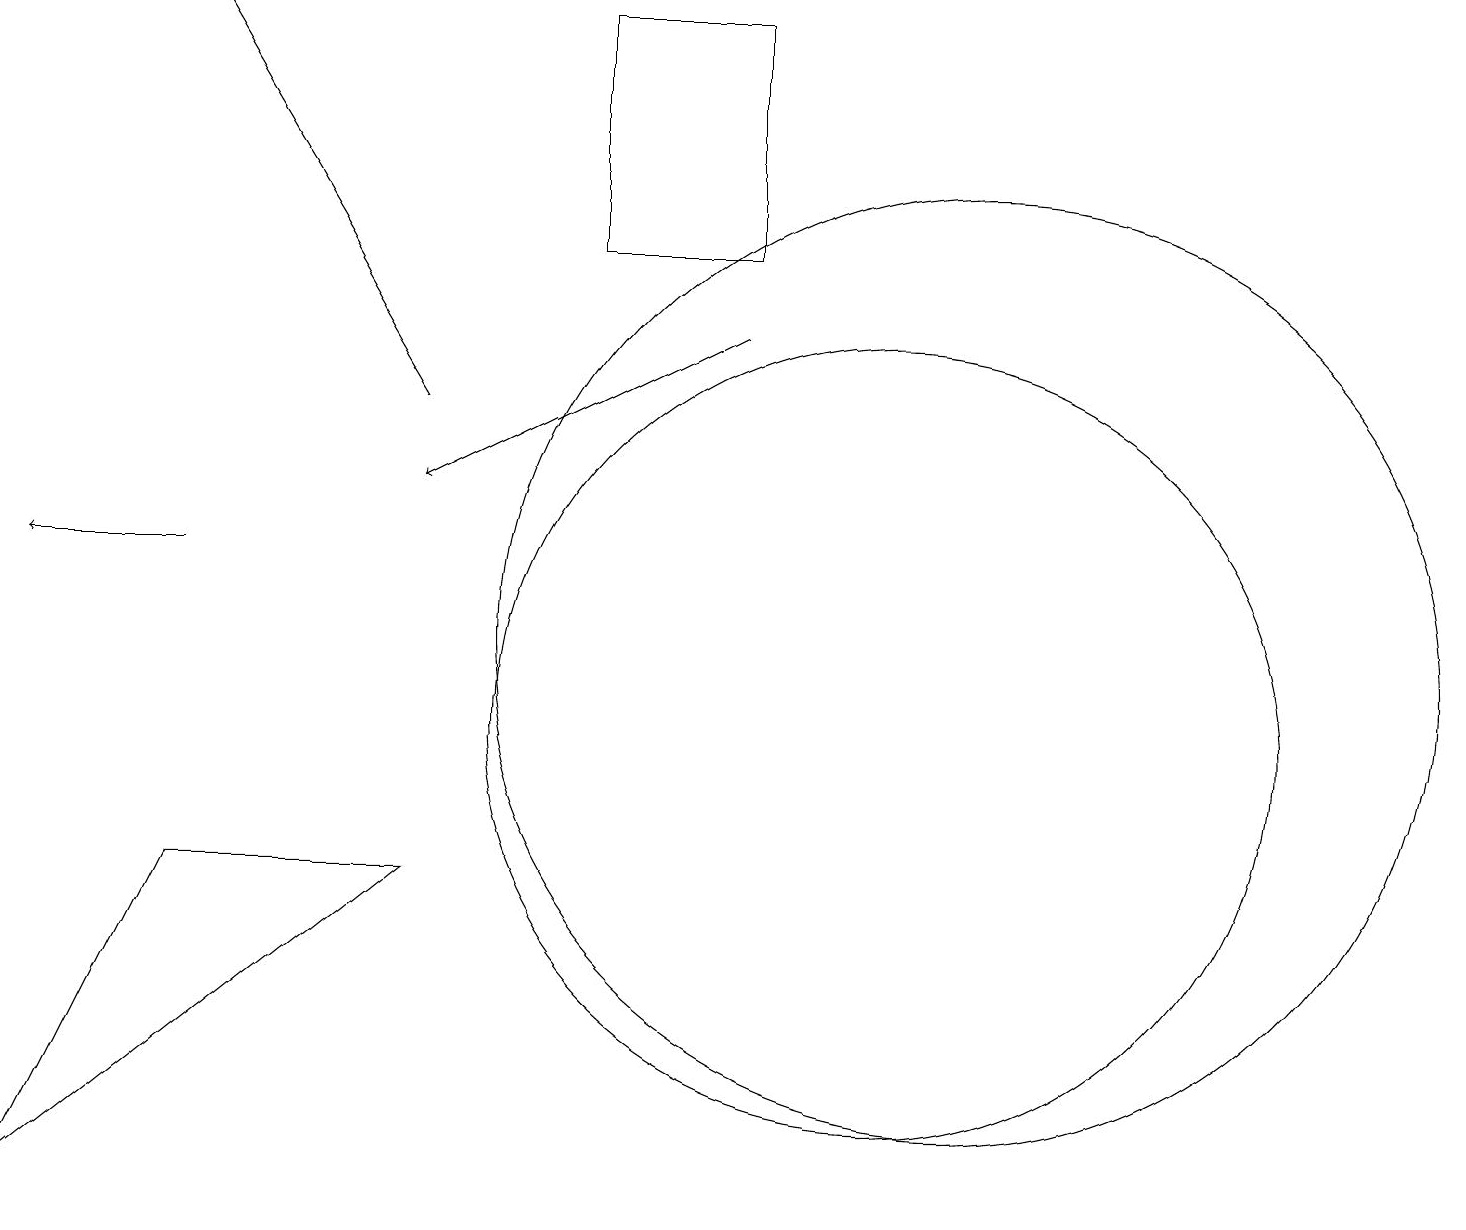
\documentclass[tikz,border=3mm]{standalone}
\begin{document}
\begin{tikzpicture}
\draw[->] (5,14) -- (2,19);
\draw (12,11) circle (6);
\draw (11,10) circle (5);
\draw[->] (9,15) -- (5,13);
\draw (2,8) -- (5,8) -- (0,4) -- cycle;
\draw (7,19) rectangle (9,16);
\draw[->] (2,12) -- (0,12);
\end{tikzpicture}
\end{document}